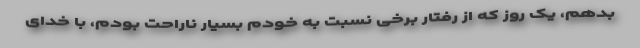
بدهم، یک روز که از رفتار برخی نسبت به خودم بسیار ناراحت بودم، با خدای